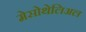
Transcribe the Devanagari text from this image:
मेसोथेलिअल